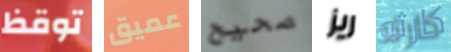
توقظ عميق صحيح ريز كارثه